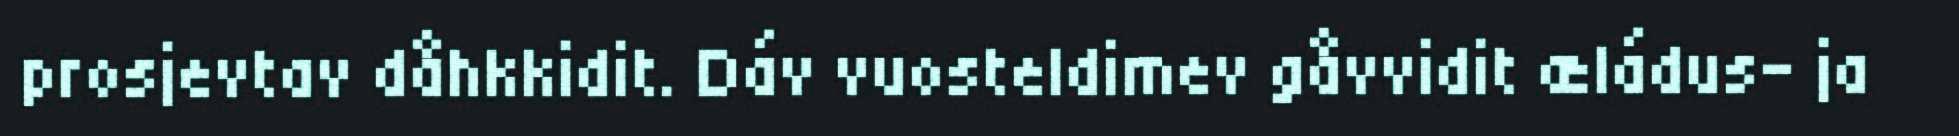
prosjevtav dåhkkidit. Dáv vuosteldimev gåvvidit æládus- ja